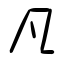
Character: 凡